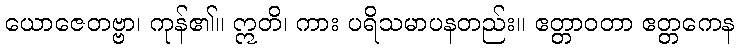
ယောဇေတဗ္ဗာ၊ ကုန်၏။ ဣတိ၊ ကား ပရိသမာပနတည်း။ ဧတ္တာဝတာ ဧတ္တကေန